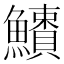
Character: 𩼱